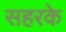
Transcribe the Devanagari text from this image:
सहरके